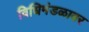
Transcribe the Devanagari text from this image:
विधिमंडळावर